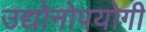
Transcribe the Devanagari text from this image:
उद्योनोपयोगी